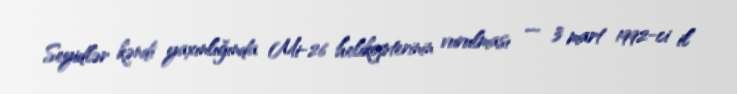
Seyidlər kəndi yaxınlığında Mi-26 helikopterinin vurulması — 3 mart 1992-ci il